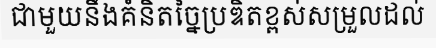
ជាមួយនឹងគំនិតច្នៃប្រឌិតខ្ពស់សម្រួលដល់